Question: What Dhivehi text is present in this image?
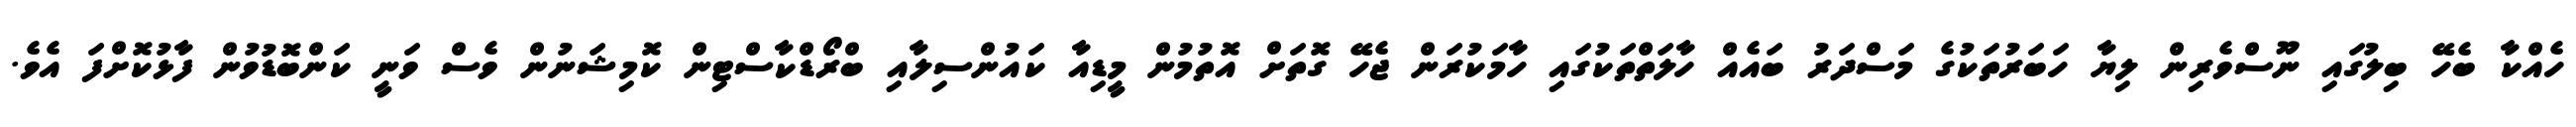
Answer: ހެއްކާ ބެހޭ ބިލުގައި ނޫސްވެރިން ލިޔާ ހަބަރުތަކުގެ މަސްދަރު ބައެއް ހާލަތްތަކުގައި ހާމަކުރަން ޖެހޭ ގޮތަށް އޮތުމުން މީޑިއާ ކައުންސިލާއި ބްރޯޑްކާސްޓިން ކޮމިޝަނުން ވެސް ވަނީ ކަންބޮޑުވުން ފާޅުކޮށްފަ އެވެ.